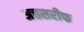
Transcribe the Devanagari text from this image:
अत्तसरीफ